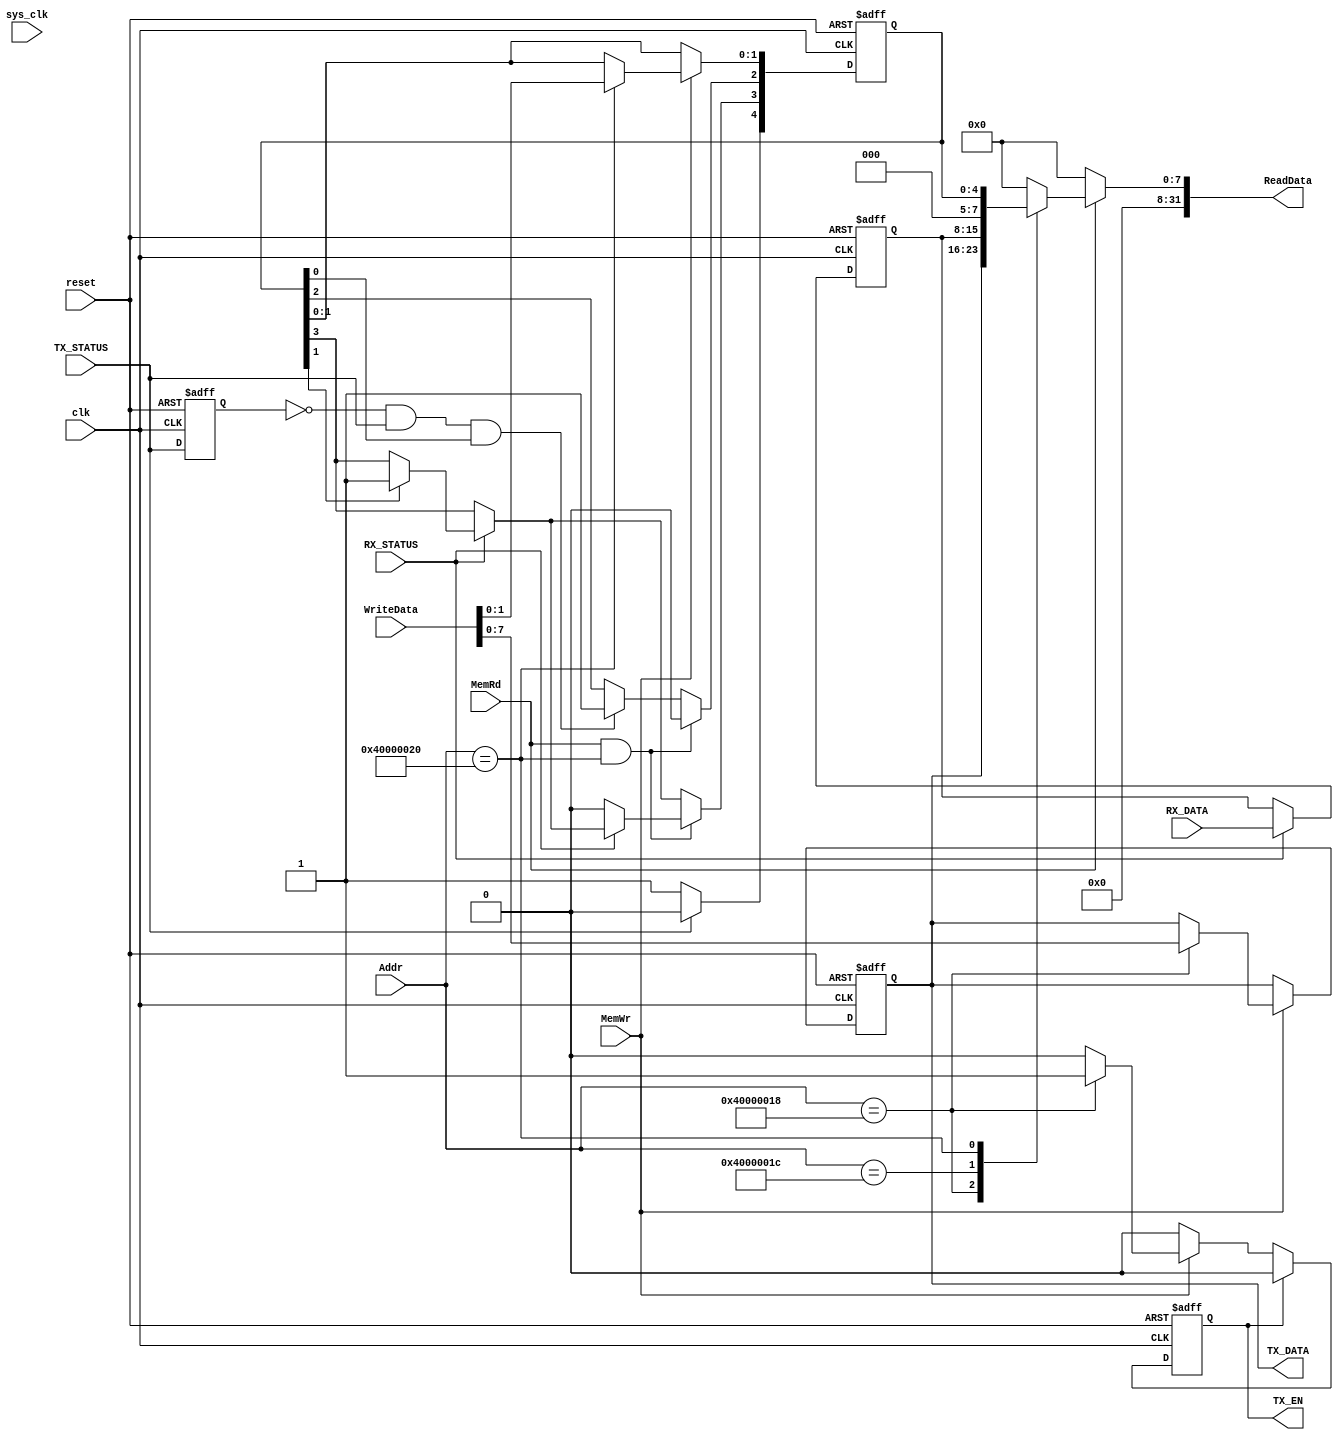
module Controller(sys_clk,clk,reset,RX_DATA,RX_STATUS,TX_DATA,TX_EN,TX_STATUS,MemRd,MemWr,WriteData,ReadData,Addr);
input sys_clk,clk,reset,RX_STATUS,TX_STATUS,MemRd,MemWr;
input [7:0] RX_DATA;
input [31:0] Addr,WriteData;
output reg [31:0] ReadData;
output reg TX_EN=0;
output reg[7:0] TX_DATA=0;

reg [7:0] UART_TXD;
reg [7:0] UART_RXD;
reg [4:0] UART_CON;
always@(*)begin
TX_DATA=UART_TXD;
end
reg temp=0;
always@(posedge clk or negedge reset)
begin
if(~reset) temp<=1;
else temp<=TX_STATUS;
end
wire OVER;
assign OVER=(~temp)&TX_STATUS;
always@(*)
begin
if(MemRd)
begin
case(Addr)
32'h40000018: ReadData={24'h0,UART_TXD};
32'h4000001C: ReadData={24'h0,UART_RXD};
32'h40000020: ReadData={27'h0,UART_CON};
default: ReadData=32'h00000000;
endcase
end
else ReadData=32'h00000000;
end


always@(posedge clk or negedge reset)
begin
if(~reset) begin
TX_EN<=0;
UART_TXD<=8'b0;
UART_CON<=5'b0;
UART_RXD<=8'b0;
end
else begin
if(RX_STATUS)begin
UART_RXD=RX_DATA;
if(UART_CON[1]) UART_CON[3]<=1;
end
if(OVER&&UART_CON[0]) UART_CON[2]<=1;
if(~TX_STATUS) UART_CON[4]<=1;
else UART_CON[4]<=0;
if(MemRd&&Addr==32'h40000020) begin
UART_CON[2]<=0;
if(~RX_STATUS)
UART_CON[3]<=0;
end
if(MemWr)
begin
case(Addr)
32'h40000018:begin
UART_TXD<=WriteData[7:0];
TX_EN<=1;
end
32'h40000020: UART_CON[1:0]<=WriteData[1:0];
default:;
endcase
end
if(TX_EN) TX_EN<=0;
end
end
endmodule